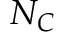
N _ { C }